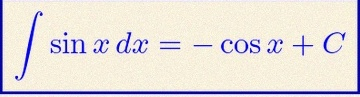
\int \sin x\,dx=-\cos x+C